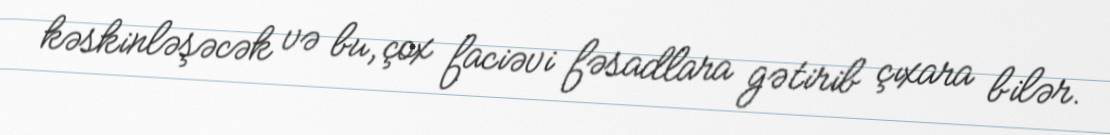
kəskinləşəcək və bu, çox faciəvi fəsadlara gətirib çıxara bilər.